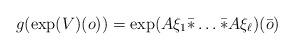
LaTeX: \begin{align*} g(\exp(V)(o)) = \exp(A\xi_1\bar*\dots\bar*A\xi_\ell)(\bar o) \end{align*}